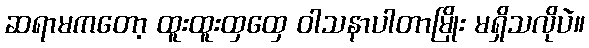
ဆရာမကတော့ ထူးထူးထှထှေ ဝါသနာပါတာမြိုး မရှိသလိုပဲ။